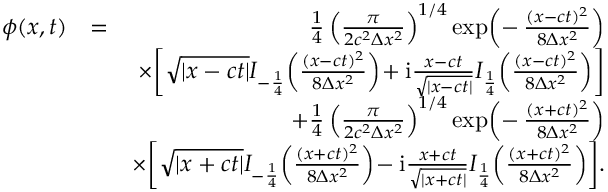
\begin{array} { r l r } { \phi ( x , t ) } & { = } & { \frac { 1 } { 4 } \left( \frac { \pi } { 2 c ^ { 2 } \Delta x ^ { 2 } } \right) ^ { 1 / 4 } \exp \! \left( - \, \frac { ( x - c t ) ^ { 2 } } { 8 \Delta x ^ { 2 } } \right) } \\ & { } & { \times \! \left[ \sqrt { | x - c t | } I _ { - \frac { 1 } { 4 } } \! \left( \frac { ( x - c t ) ^ { 2 } } { 8 \Delta x ^ { 2 } } \right) \! + \mathrm { i } \frac { x - c t } { \sqrt { | x - c t | } } I _ { \frac { 1 } { 4 } } \! \left( \frac { ( x - c t ) ^ { 2 } } { 8 \Delta x ^ { 2 } } \right) \right] } \\ & { } & { + \frac { 1 } { 4 } \left( \frac { \pi } { 2 c ^ { 2 } \Delta x ^ { 2 } } \right) ^ { 1 / 4 } \exp \! \left( - \, \frac { ( x + c t ) ^ { 2 } } { 8 \Delta x ^ { 2 } } \right) } \\ & { } & { \times \! \left[ \sqrt { | x + c t | } I _ { - \frac { 1 } { 4 } } \! \left( \frac { ( x + c t ) ^ { 2 } } { 8 \Delta x ^ { 2 } } \right) \! - \mathrm { i } \frac { x + c t } { \sqrt { | x + c t | } } I _ { \frac { 1 } { 4 } } \! \left( \frac { ( x + c t ) ^ { 2 } } { 8 \Delta x ^ { 2 } } \right) \right] \! . } \end{array}